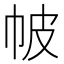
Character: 帔